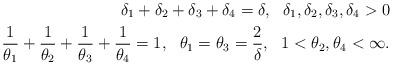
LaTeX: \begin{align*}\delta_1+\delta_2+\delta_3+\delta_4=\delta, \ \ \delta_1,\delta_2,\delta_3,\delta_4>0\\\frac1{\theta_1}+\frac1{\theta_2}+\frac1{\theta_3}+\frac1{\theta_4}=1, \ \ \theta_1=\theta_3=\frac2{\delta}, \ \ 1<\theta_2, \theta_4<\infty.\end{align*}